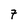
Character: 7